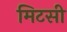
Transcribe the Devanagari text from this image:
मिटसी